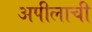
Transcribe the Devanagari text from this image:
अपीलाची